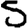
Digit: 5